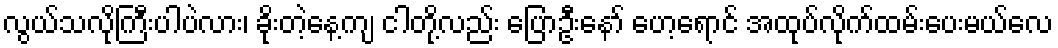
လွယ်သလိုကြီးပါပဲလား၊ ခိုးတဲ့နေ့ကျ ငါတို့လည်း ပြောဦးနော် ဟေ့ရောင် အထုပ်လိုက်ထမ်းပေးမယ်လေ